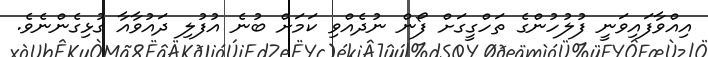
އިއްވާފައިވަނީ ފުލުހުންގެ ތަހްގީގަށް ފޯން ނުދެއްވި ކަމަށް ބުނެ އުފުލި ދައުވާއާ ގުޅިގެންނެވެ.